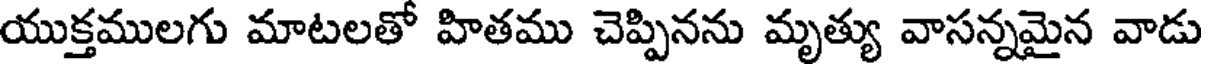
యుక్తములగు మాటలతో హితము చెప్పినను మృత్యు వాసన్నమైన వాడు